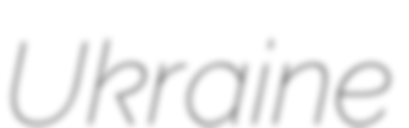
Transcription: Ukraine